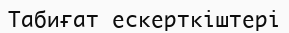
Табиғат ескерткiштерi